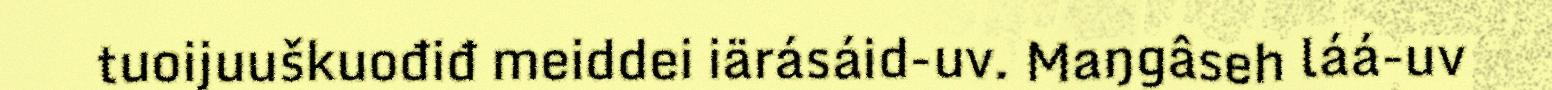
tuoijuuškuođiđ meiddei iärásáid-uv. Maŋgâseh láá-uv